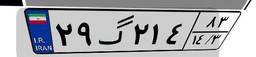
۲۹گ۲۱۴۸۳